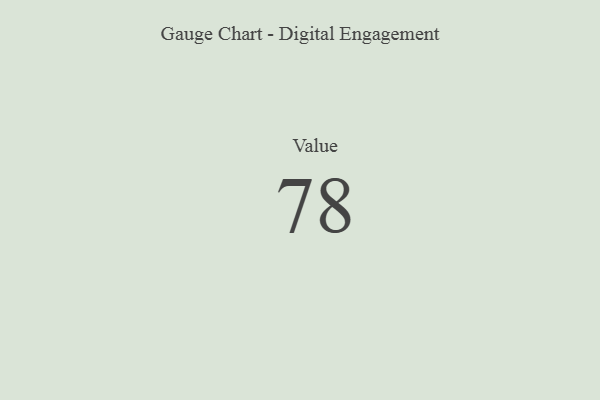
{"axis": {"x": "Metric", "y": "Value"}, "legend": [""], "data": [{"x": "Value", "y": 78, "type": ""}]}